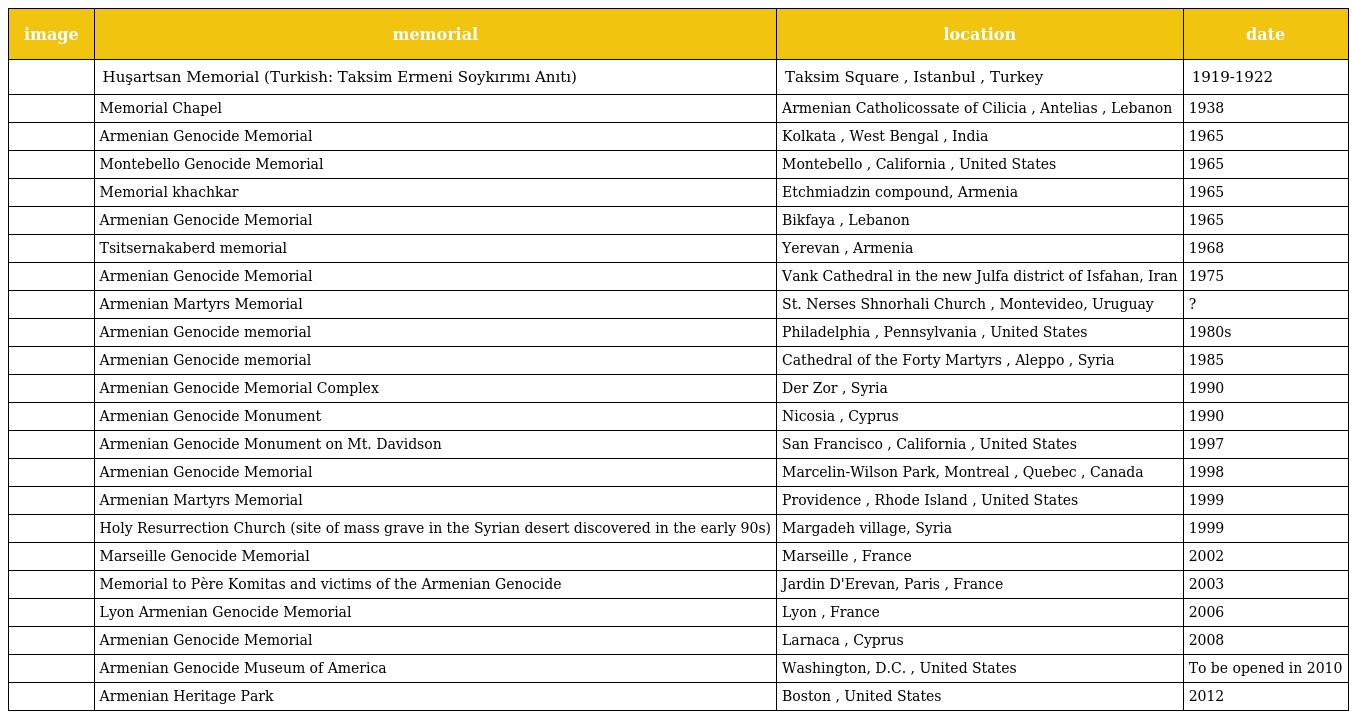
| image | memorial | location | date |
 | --- | --- | --- | --- |
 |  | Huşartsan Memorial (Turkish: Taksim Ermeni Soykırımı Anıtı) | Taksim Square , Istanbul , Turkey | 1919-1922 |
 |  | Memorial Chapel | Armenian Catholicossate of Cilicia , Antelias , Lebanon | 1938 |
 |  | Armenian Genocide Memorial | Kolkata , West Bengal , India | 1965 |
 |  | Montebello Genocide Memorial | Montebello , California , United States | 1965 |
 |  | Memorial khachkar | Etchmiadzin compound, Armenia | 1965 |
 |  | Armenian Genocide Memorial | Bikfaya , Lebanon | 1965 |
 |  | Tsitsernakaberd memorial | Yerevan , Armenia | 1968 |
 |  | Armenian Genocide Memorial | Vank Cathedral in the new Julfa district of Isfahan, Iran | 1975 |
 |  | Armenian Martyrs Memorial | St. Nerses Shnorhali Church , Montevideo, Uruguay | ? |
 |  | Armenian Genocide memorial | Philadelphia , Pennsylvania , United States | 1980s |
 |  | Armenian Genocide memorial | Cathedral of the Forty Martyrs , Aleppo , Syria | 1985 |
 |  | Armenian Genocide Memorial Complex | Der Zor , Syria | 1990 |
 |  | Armenian Genocide Monument | Nicosia , Cyprus | 1990 |
 |  | Armenian Genocide Monument on Mt. Davidson | San Francisco , California , United States | 1997 |
 |  | Armenian Genocide Memorial | Marcelin-Wilson Park, Montreal , Quebec , Canada | 1998 |
 |  | Armenian Martyrs Memorial | Providence , Rhode Island , United States | 1999 |
 |  | Holy Resurrection Church (site of mass grave in the Syrian desert discovered in the early 90s) | Margadeh village, Syria | 1999 |
 |  | Marseille Genocide Memorial | Marseille , France | 2002 |
 |  | Memorial to Père Komitas and victims of the Armenian Genocide | Jardin D'Erevan, Paris , France | 2003 |
 |  | Lyon Armenian Genocide Memorial | Lyon , France | 2006 |
 |  | Armenian Genocide Memorial | Larnaca , Cyprus | 2008 |
 |  | Armenian Genocide Museum of America | Washington, D.C. , United States | To be opened in 2010 |
 |  | Armenian Heritage Park | Boston , United States | 2012 |